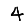
Digit: 4